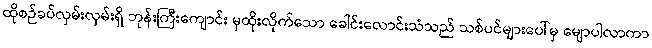
ထိုစဉ်ခပ်လှမ်းလှမ်းရှိ ဘုန်းကြီးကျောင်း မှထိုးလိုက်သော ခေါင်းလောင်းသံသည် သစ်ပင်များပေါ်မှ မျောပါလာကာ